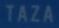
TAZA